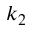
k _ { 2 }